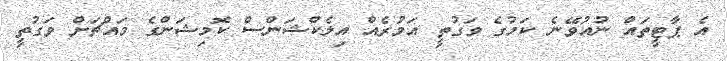
އެ ޕާޓީތައް ނުއުވޭނެ ކަމުގެ ވަގުތީ އަމުރެއް އިލެކްޝަންސް ކޮމިޝަންގެ މައްޗަށް ވަގުތީ